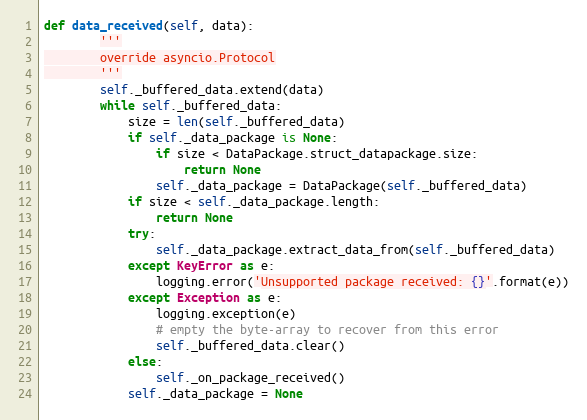
Language: Python
def data_received(self, data):
        '''
        override asyncio.Protocol
        '''
        self._buffered_data.extend(data)
        while self._buffered_data:
            size = len(self._buffered_data)
            if self._data_package is None:
                if size < DataPackage.struct_datapackage.size:
                    return None
                self._data_package = DataPackage(self._buffered_data)
            if size < self._data_package.length:
                return None
            try:
                self._data_package.extract_data_from(self._buffered_data)
            except KeyError as e:
                logging.error('Unsupported package received: {}'.format(e))
            except Exception as e:
                logging.exception(e)
                # empty the byte-array to recover from this error
                self._buffered_data.clear()
            else:
                self._on_package_received()
            self._data_package = None